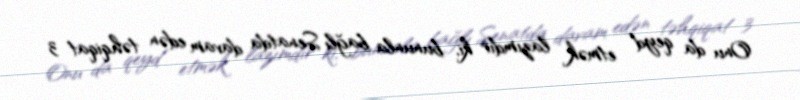
Onu da qeyd etmək lazımdır ki, bununla bağlı Senatda davam edən təhqiqat 3